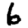
Digit: 6